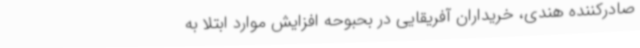
صادرکننده هندی، خریداران آفریقایی در بحبوحه افزایش موارد ابتلا به